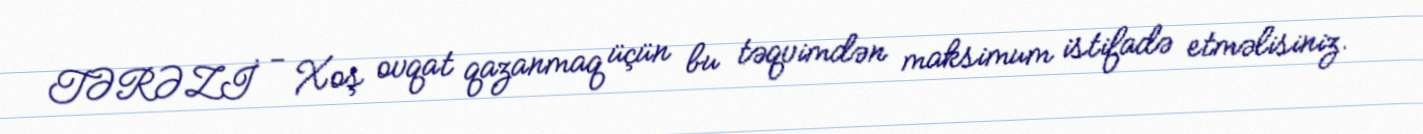
TƏRƏZİ - Xoş ovqat qazanmaq üçün bu təqvimdən maksimum istifadə etməlisiniz.